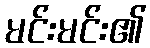
မင်းမင်း၏